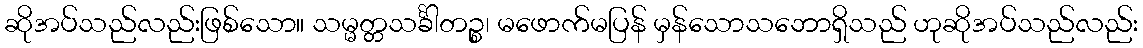
ဆိုအပ်သည်လည်းဖြစ်သော။ သမ္မတ္တသင်္ခါတဉ္စ၊ မဖောက်မပြန် မှန်သောသဘောရှိသည် ဟုဆိုအပ်သည်လည်း